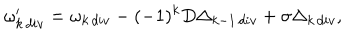
\omega _ { k \, d i v } ^ { \prime } = \omega _ { k \, d i v } - ( - 1 ) ^ { k } D \Delta _ { k - 1 \, d i v } + \sigma \Delta _ { k \, d i v } ,